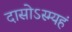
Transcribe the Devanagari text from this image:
दासोऽस्म्यहं